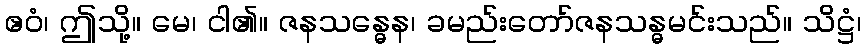
ဧဝံ၊ ဤသို့။ မေ၊ ငါ၏။ ဇနသန္ဓေန၊ ခမည်းတော်ဇနသန္ဓမင်းသည်။ သိဋ္ဌံ၊